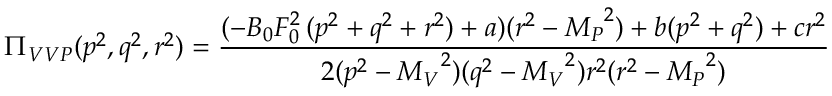
\Pi _ { V V P } ( p ^ { 2 } , q ^ { 2 } , r ^ { 2 } ) = { \frac { ( - B _ { 0 } F _ { 0 } ^ { 2 } \, ( p ^ { 2 } + q ^ { 2 } + r ^ { 2 } ) + a ) ( r ^ { 2 } - { M _ { P } } ^ { 2 } ) + b ( p ^ { 2 } + q ^ { 2 } ) + c r ^ { 2 } } { 2 ( p ^ { 2 } - { M _ { V } } ^ { 2 } ) ( q ^ { 2 } - { M _ { V } } ^ { 2 } ) r ^ { 2 } ( r ^ { 2 } - { M _ { P } } ^ { 2 } ) } }